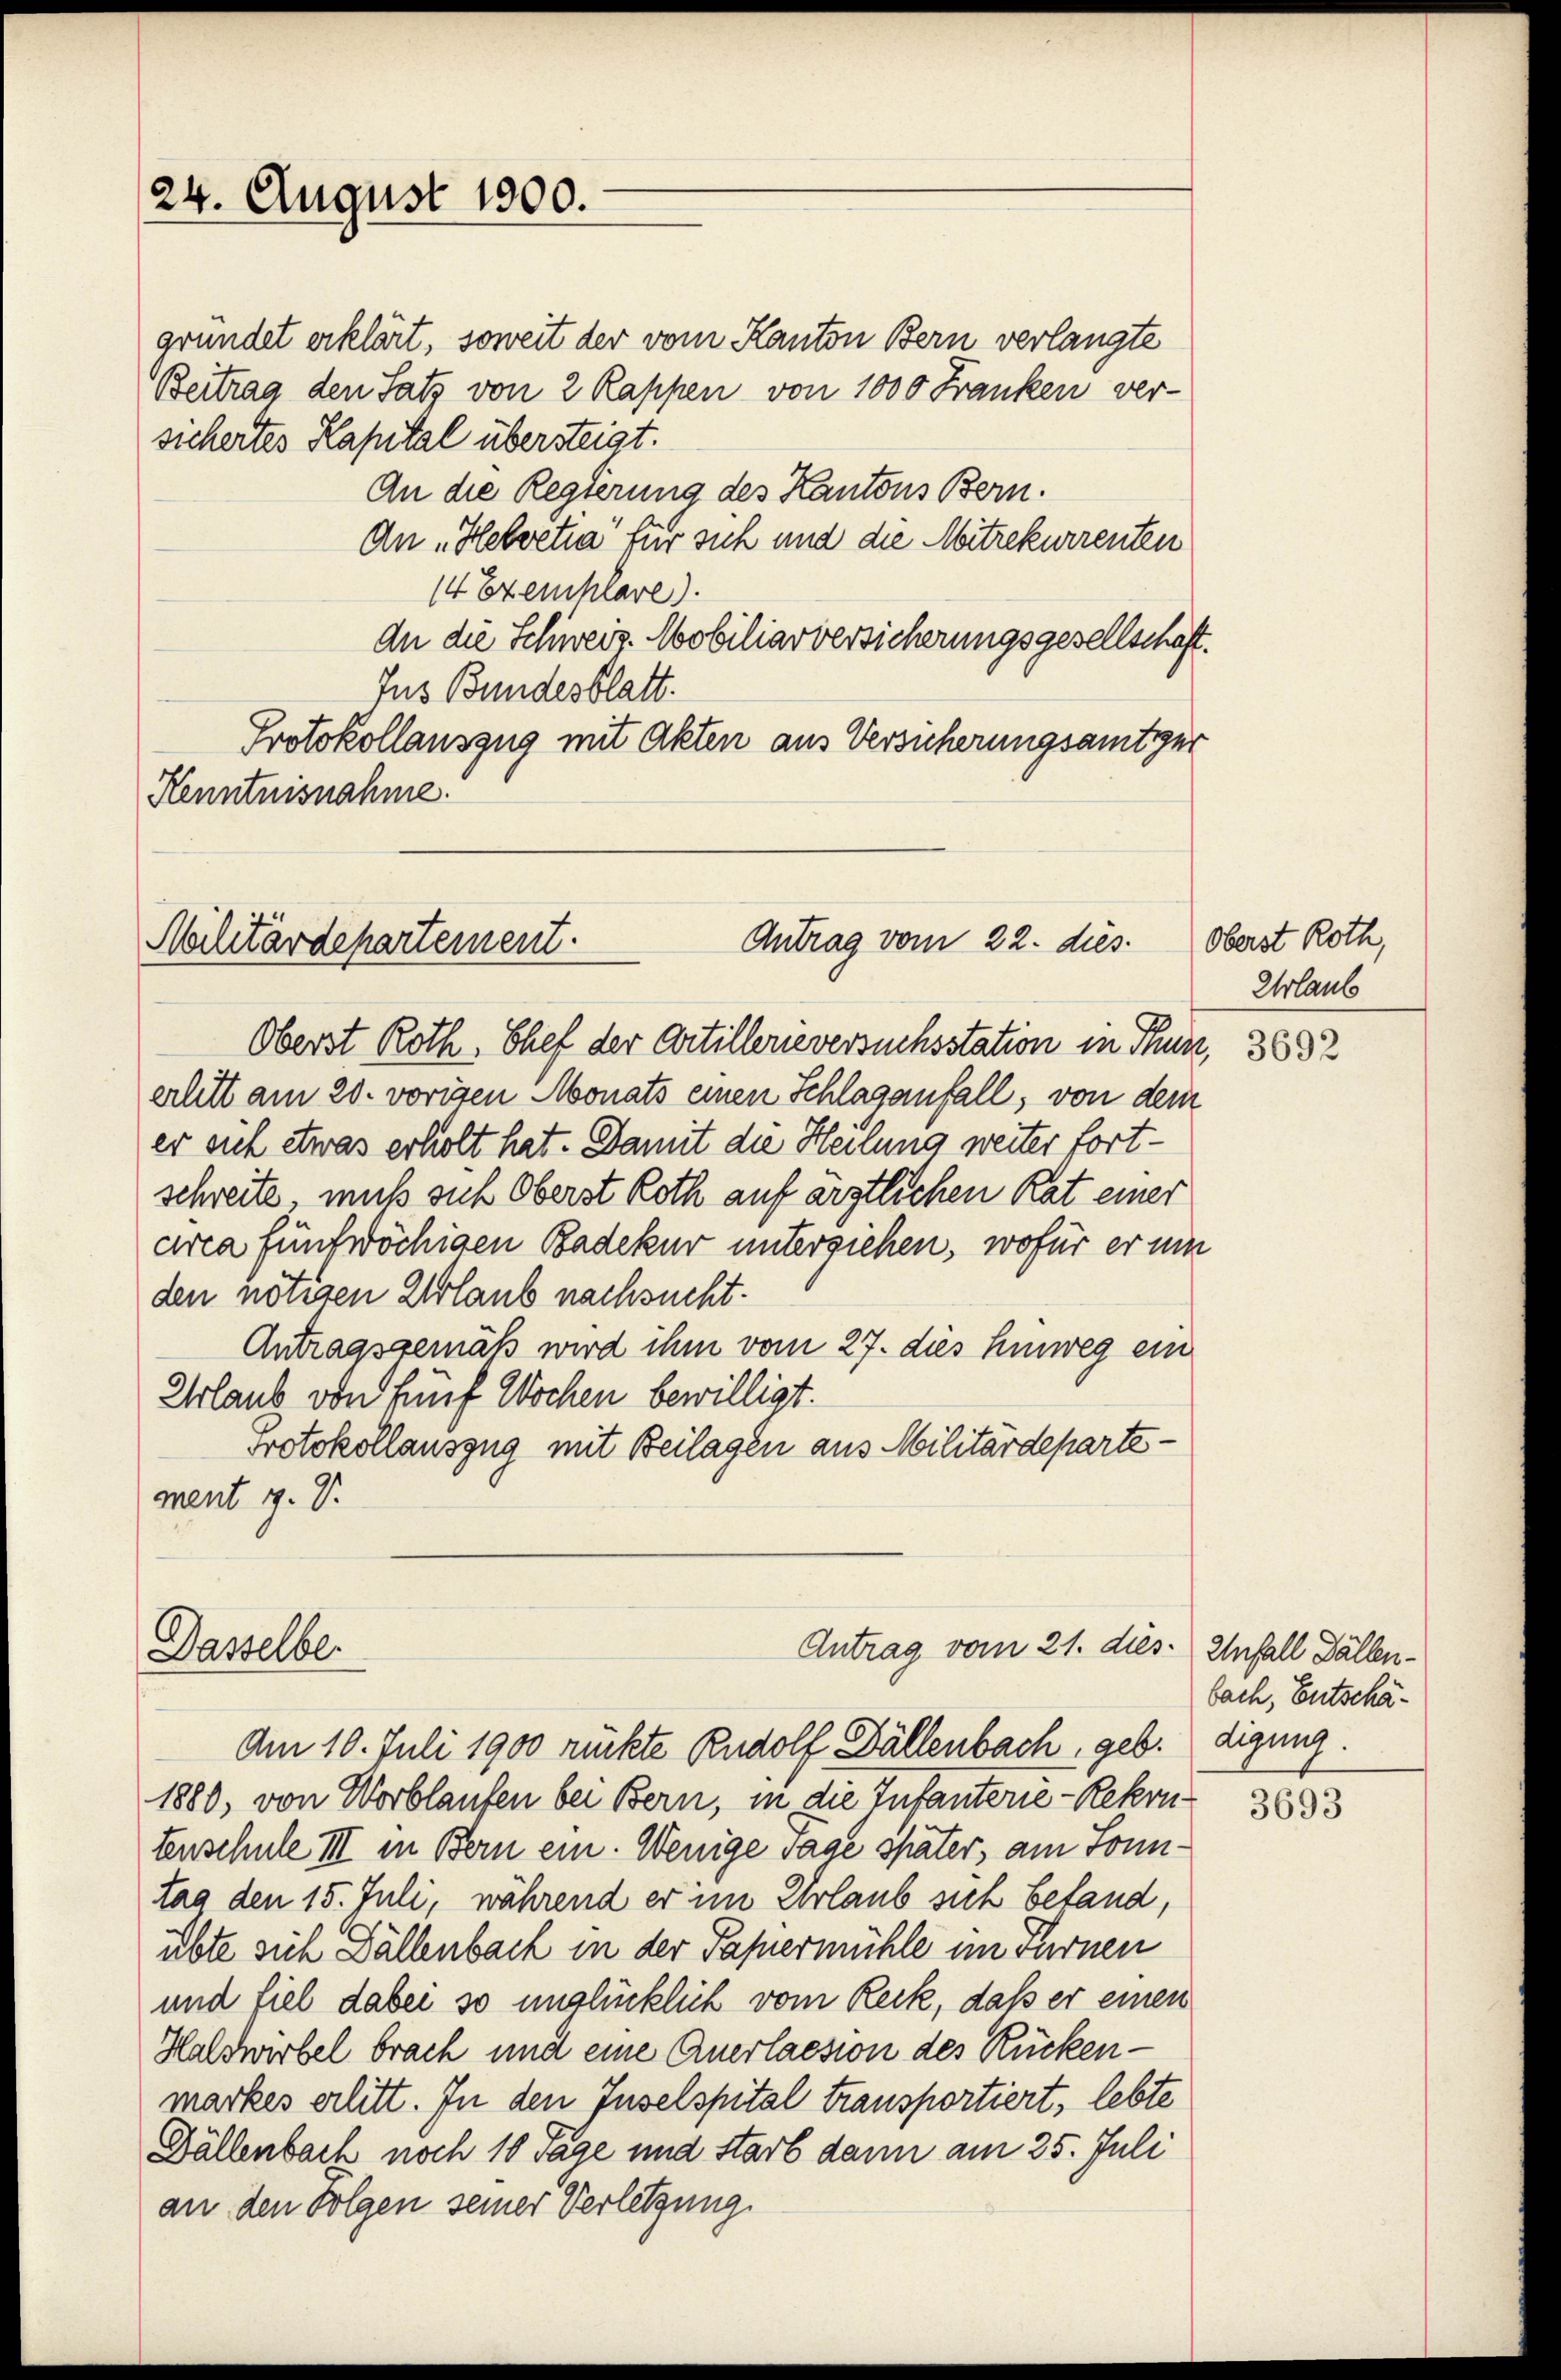
24. August 1900.

Antrag vom 22. dies
Malitärdepartement.

Dasselbe

gründet erklärt, soweit der vom Kanton Bern verlangte
Beitrag den Satz von 2 Rappen von 1000 Franken ver-
sichertes Kapital übersteigt.
An die Regierung des Kantons Bern.
An „Hebvetia für sich und die Mitrekurrenten
14 Exemplare).
An die Schweiz. Mobiliarversicherungsgesellschaft.
Jus Bundesblatt.
Protokollauszug mit Akten aus Versicherungsamtgur
Kenntnisnahme.

Oberst Roth, Chef der Artillerieversuchsstation in Thun, 3682
erlitt am 20. vorigen Monats einen Schlaganfall, von dem
er sich etwas erholt hat. Damit die Heilung weiter fortschreite, muß sich Oberst Roth auf ärztlichen Rat einer
arca fünfwöchigen Badekur unterziehen, wofür er um
den nötigen Urlaub nachsucht.
Antragsgemäß wird ihm vom 27. dies hinweg ein
Urlaub von fünf Wochen bewilligt.
Protokollauszug mit Beilagen aus Militärdepartement . V.

Antrag vom 21. dies. Unfall Fällen¬

Am 10. Juli 1900 rückte Rudolf Dällenbach, geb.
1880, von Worblaufen bei Bern, in die Tutanterie-Rekontenschule III in Bern ein. Wenige Tage später, am Sonntag den 15. Juli, während er im Urlaub sich beland,
übte sich Dällenbach in der Papiermühle im Turnen
und fiel dabei so unglücklich vom Reck, daß er einen
Halswirbel brach und eine Anerlassion des Rücken-
markes erlitt. In den Inselspital transportiert, lebte
Dällenbach noch 10 Tage und starb dann am 25. Juli
an den Folgen seiner Verletzung.

Oberst Roth,
Urlaub

bach, Entschädigung.

3693